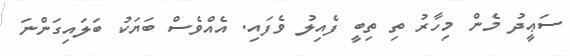
ސަޢީދު މެން މިހާރު ތި ތިބީ ފެއިލު ވެފައި. އެއްވެސް ބަޔަކު ބަލައިގަންނަ